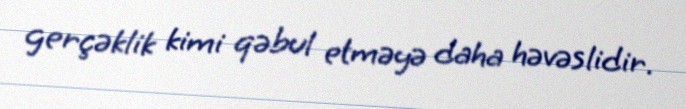
gerçəklik kimi qəbul etməyə daha həvəslidir.